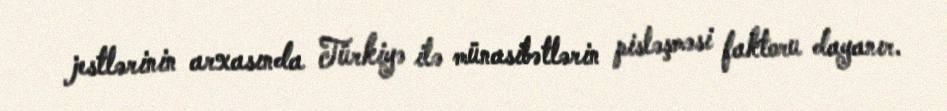
jestlərinin arxasında Türkiyə ilə münasibətlərin pisləşməsi faktoru dayanır.